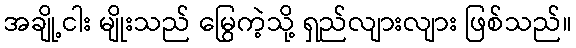
အချို့ငါး မျိုးသည် မြွေကဲ့သို့ ရှည်လျားလျား ဖြစ်သည်။